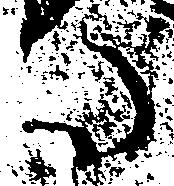
た